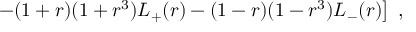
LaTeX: \left. - ( 1 + r ) ( 1 + r ^ { 3 } ) L _ { + } ( r ) - ( 1 - r ) ( 1 - r ^ { 3 } ) L _ { - } ( r ) \right] \ ,